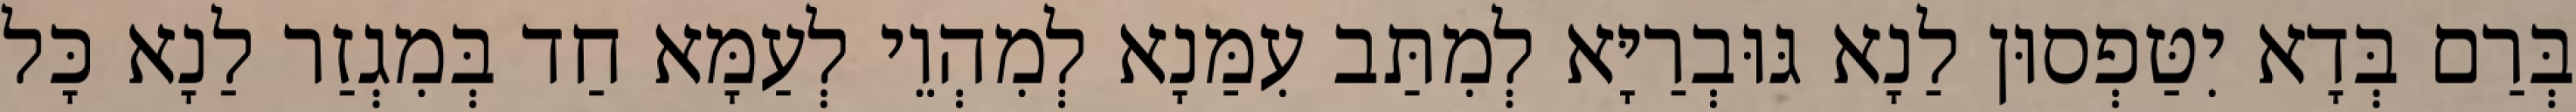
בְּרַם בְּדָא יִטַּפְסוּן לַנָא גּוּבְרַיָּא לְמִתַּב עִמַּנָא לְמִהְוֵי לְעַמָּא חַד בְּמִגְזַר לַנָא כָּל